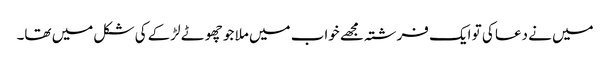
میں نے دعا کی تو ایک فرشتہ مجھے خواب میں ملا جو چھوٹے لڑکے کی شکل میں تھا۔